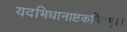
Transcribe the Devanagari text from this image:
यदभिधानाष्टकमिदम्।।